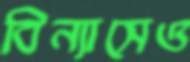
বিন্যাসেও